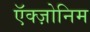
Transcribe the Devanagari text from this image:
ऍक्ज़ोनिम